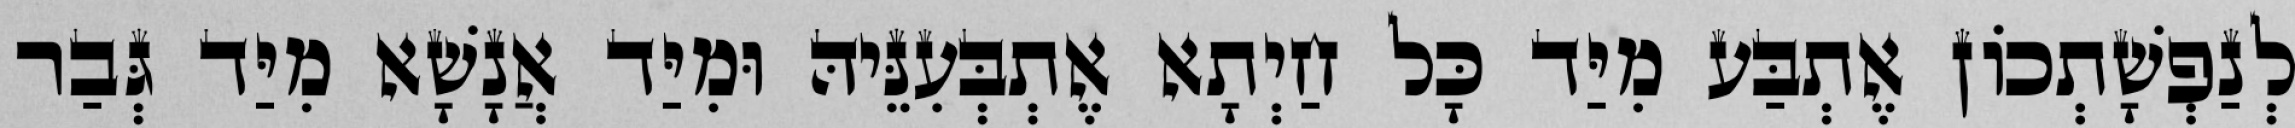
לְנַפְשָׁתְכוֹן אֶתְבַּע מִיַּד כָּל חַיְתָא אֶתְבְּעִנֵּיהּ וּמִיַּד אֲנָשָׁא מִיַּד גְּבַר